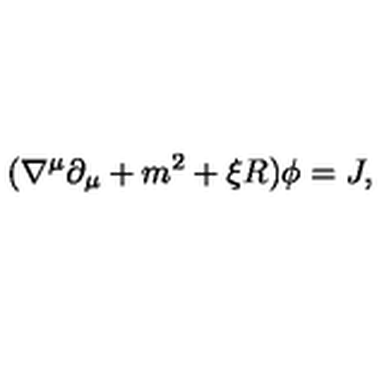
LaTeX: ( \nabla ^ { \mu } \partial _ { \mu } + m ^ { 2 } + \xi R ) \phi = J ,